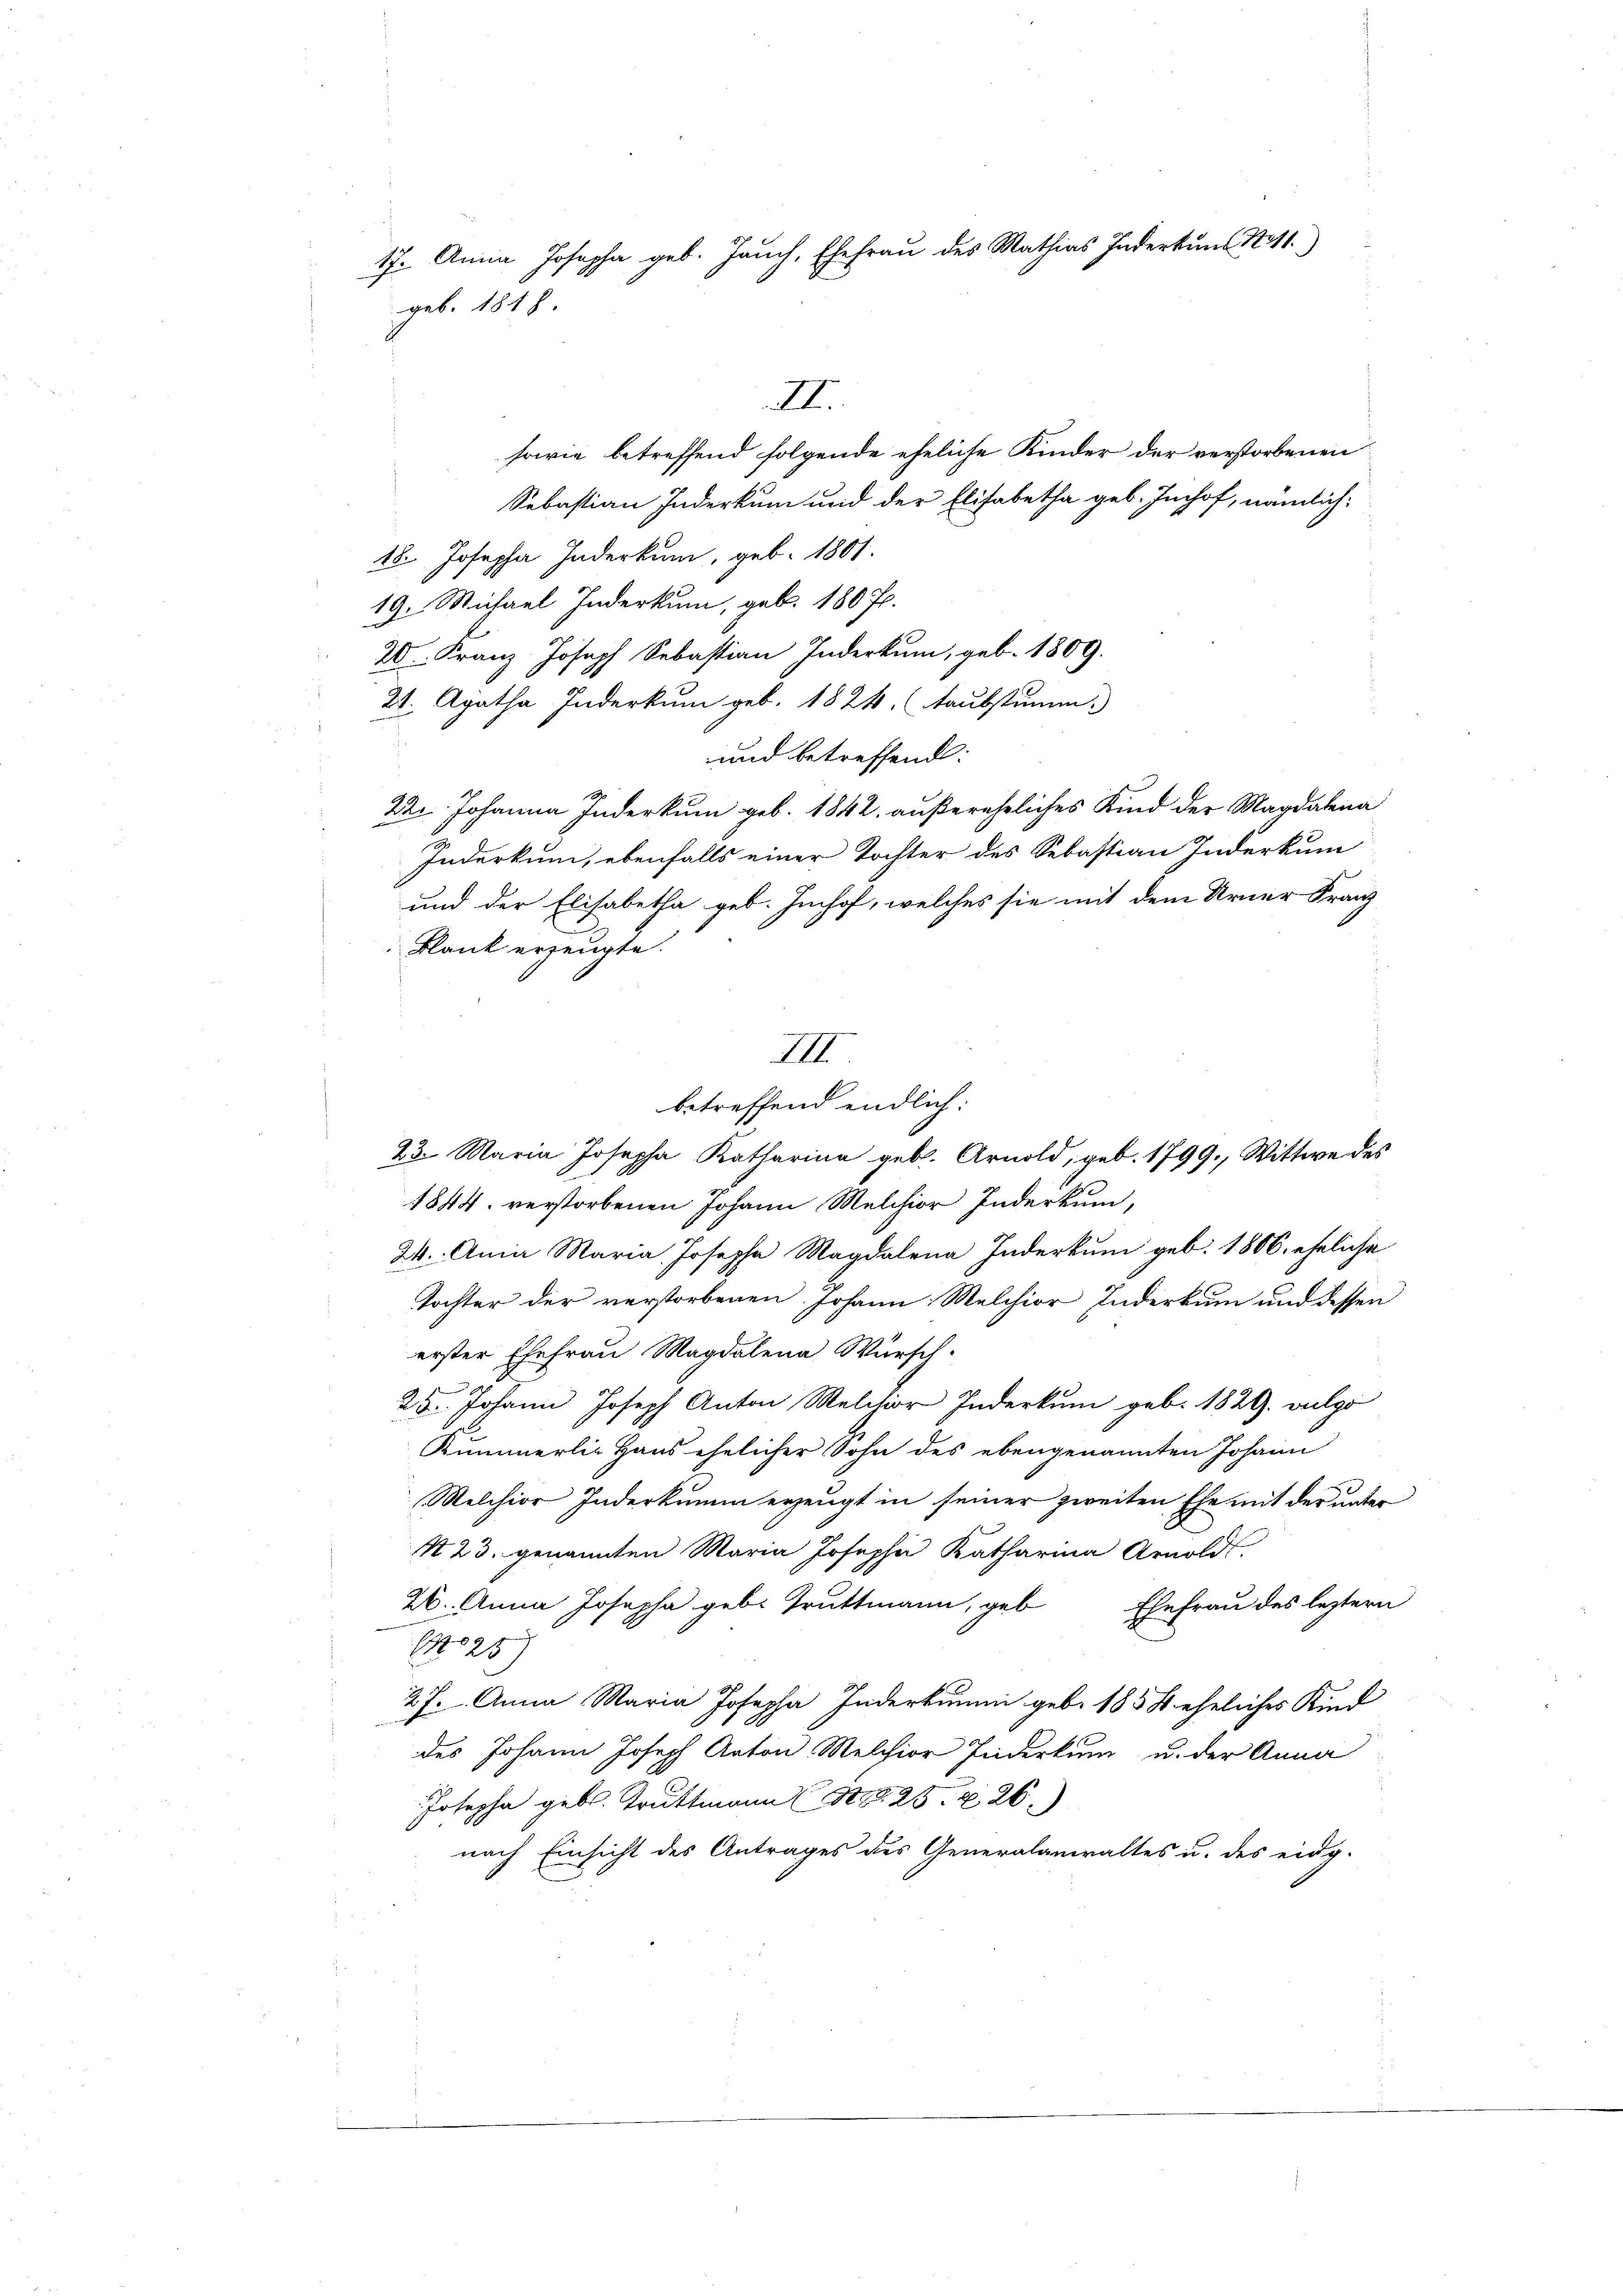
17. Anna Josepha geb. Jauch, Ehefrau des Mathias Inderkuns Statt.
geb. 1818.

I.
sowie betreffend folgende eheliche Kinder der verstorbenen
Sebastian Inderkum und der Elisabetha geb. Imhof, nämlich:
18. Josepha Inderkum, geb. 1801.
19. Michael Inderkum, geb. 180 f.
20. Franz Joseph Sebastian Inderkum, geb. 1809.
21. Agatha Inderkum geb. 1824. (Taubstumm.
und betreffend:
22. Johanna Inderkum geb. 1842. außerehrliches Kind der Magdalena
Indurkum, ebenfalls einer Tochter des Sebastian Inderkum
und der Elisabetha geb. Imhof, welches sie mit dem Urner Franz
Blank erzeugte.
betreffend endlich:
23. Maria Josepha Katharina geb. Arnold, geb. 1799., Wittwe des
1844 verstorbenen Johann Melchior Inderkum,
24. Anna Maria Josepha Magdalena Inderkum geb. 1806. eheliche
Tochter der verstorbenen Johann, Melchior Inderkum und dessen
erster Ehefrau Magdalena Wursch.
29. Johann Joseph Anton Melchior Inderkum geb. 1829. vulgo
Kümmerlie Haus ehelicher Sohn des ebengenannten Johann
Melchior Inderkumm erzeugt in seiner zweiten Ehe mit der unter
N 23. genannten Maria Josepha Katharina Arnold
26. Anna Josepha geb. Truttmann, geb
Ehefrau des leztern
25)
27. Anna Maria Josepha Inderkumm geb. 1858 eheliches Kind
des Johann Joseph Anton Melchior Puderkum u. der Anna
Josepha geb. Truttmann (S. 25. 826.)
nach Einsicht des Antrages des Generalanwaltes u. des eidg.

III.